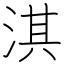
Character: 淇